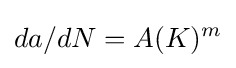
da/dN=A(K)^{m}